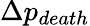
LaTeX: \Delta p_{death}